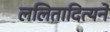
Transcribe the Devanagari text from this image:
ललितादित्यने